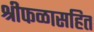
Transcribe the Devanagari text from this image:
श्रीफळासहित